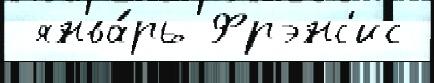
 янва́рь Фрэнс'ис